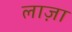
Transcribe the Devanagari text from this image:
लाज़ा